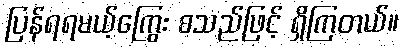
ပြန်ရရမယ့်ကြွေး စသည်ဖြင့် ရှိကြတယ်။